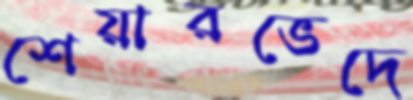
শেয়ারভেদে